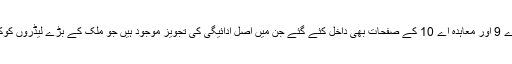
معاہدہ اے 9 اور معاہدہ اے 10 کے صفحات بھی داخل کئے گئے جن میں اصل ادائیگی کی تجویز موجود ہیں جو ملک کے بڑے لیڈروں کوکی گئیں۔